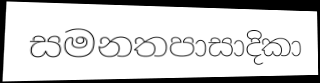
සමනතපාසාදිකා